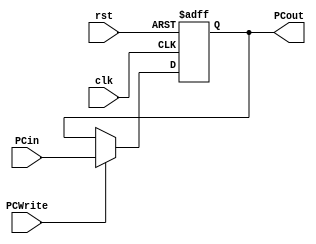
// Program Counter

module PC ( clk,
			rst,
			PCWrite,
			PCin,
			PCout);

	parameter bit_size = 18;

	input  clk, rst;
	input  PCWrite;
	input  [bit_size-1:0] PCin;
	output [bit_size-1:0] PCout;

	// write your code in here
	reg [bit_size-1:0] PCout;

	always@(negedge clk, posedge rst)
	begin
		if(rst)
		begin
			PCout <= 18'b0;
			//$display("rst %b", PCout);
		end
		else
		begin
			if(PCWrite)
			begin
				PCout <= PCin;
			end
			else
			begin//keep PC when stall
				PCout <= PCout;
			end
			//$display("call PC %b\n", PCout);
		end
	end
endmodule